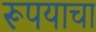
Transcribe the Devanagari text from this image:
रूपयाचा